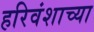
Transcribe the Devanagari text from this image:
हरिवंशाच्या